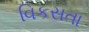
વિકસતા